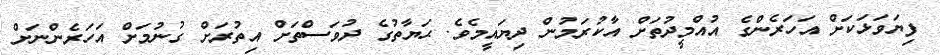
ފިޔަވަޅަކަށް އަހަރެންގެ އުއްމީދުތަށް އާކުރަމުން ދިޔައީމެވެ. ޙަޔާތުގެ ދުވަސްތަށް އިތުރަށް ގުނުމަށް އަހަރެންނަށް